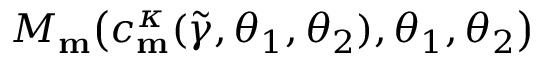
M _ { \mathbf { m } } \big ( c _ { \mathbf { m } } ^ { \kappa } ( \widetilde { \gamma } , \theta _ { 1 } , \theta _ { 2 } ) , \theta _ { 1 } , \theta _ { 2 } \big )